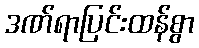
ဒဏ်ရာပြင်းထန်စွာ